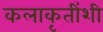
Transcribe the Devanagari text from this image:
कलाकृतींशी